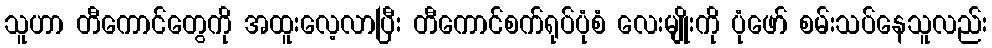
သူဟာ တီကောင်တွေကို အထူးလေ့လာပြီး တီကောင်စက်ရုပ်ပုံစံ လေးမျိုးကို ပုံဖော် စမ်းသပ်နေသူလည်း